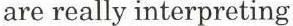
are really interpreting